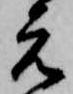
元